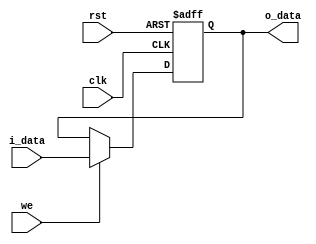
`timescale 10ns / 100ps

module RegistroPIPO #(
    parameter REGISTER_WIDTH = 16) (
    input we,
    input clk,
    input rst,
    input [REGISTER_WIDTH-1:0] i_data,
    output reg [REGISTER_WIDTH-1:0] o_data);

    initial o_data = 0;

    always @( posedge clk or posedge rst) begin
        if ( rst == 1 )
            o_data <= 0;
        else if ( we )
            o_data <= i_data;
    end

endmodule